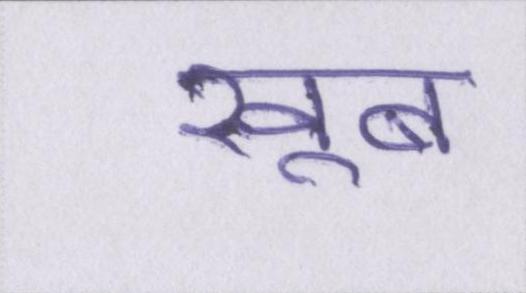
खूब